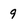
Character: 9